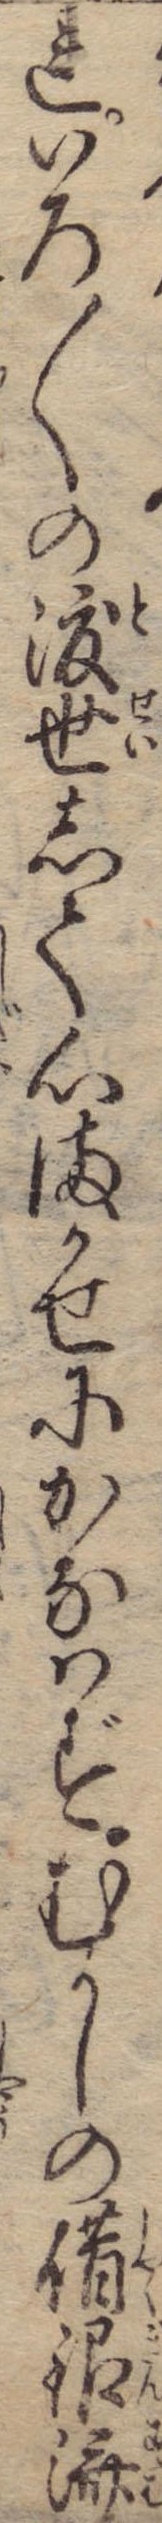
れいろ〱の渡世して心まかせにかなはずむかしの借銀済